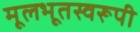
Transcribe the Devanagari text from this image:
मूलभूतस्वरूपी